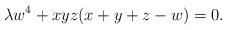
LaTeX: \begin{align*} \lambda w^4 + xyz(x+y+z-w) = 0.\end{align*}